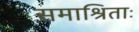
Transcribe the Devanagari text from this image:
समाश्रिताः